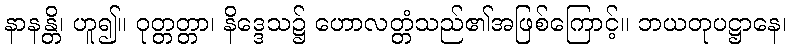
နာနန္တိ၊ ဟူ၍။ ဝုတ္တတ္တာ၊ နိဒ္ဒေသ၌ ဟောလတ္တံသည်၏အဖြစ်ကြောင့်။ ဘယတုပဋ္ဌာနေ၊